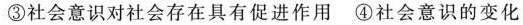
③社会意识对社会存在具有促进作用④社会意识的变化